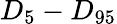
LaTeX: D_{5}-D_{95}